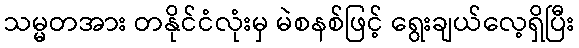
သမ္မတအား တနိုင်ငံလုံးမှ မဲစနစ်ဖြင့် ရွေးချယ်လေ့ရှိပြီး